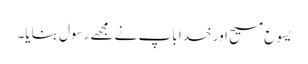
یسوع مسیح اور خدا باپ نے مجھے رسول بنایا۔